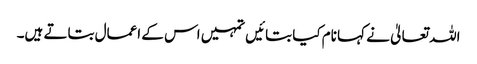
اللہ تعالیٰ نے کہا نام کیا بتائیں تمہیں اس کے اعمال بتاتے ہیں۔